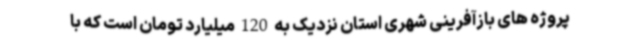
پروژه های بازآفرینی شهری استان نزدیک به 120 میلیارد تومان است که با